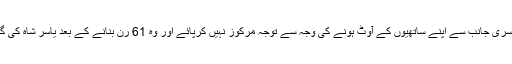
مچل جانسن بھی دوسری جانب سے اپنے ساتھیوں کے آوٹ ہونے کی وجہ سے توجہ مرکوز نہیں کرپائے اور وہ 61 رن بنانے کے بعد یاسر شاہ کی گیند پر آوٹ ہوگئے ۔